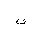
Letter: _fa